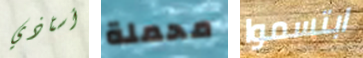
أستاذي محملة ابتسموا